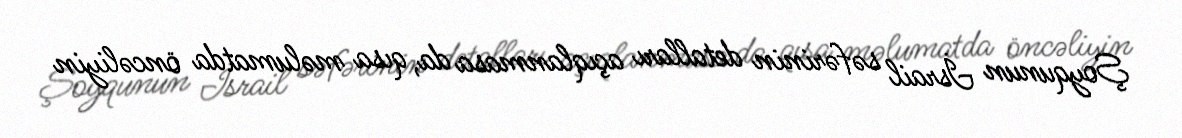
Şoyqunun İsrail səfərinin detalları açıqlanmasa da, qısa məlumatda öncəliyin